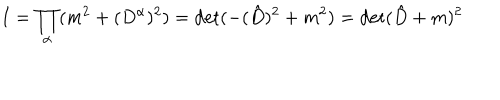
I = \prod _ { \alpha } ( m ^ { 2 } + ( D ^ { \alpha } ) ^ { 2 } ) = \det ( - ( \hat { D } ) ^ { 2 } + m ^ { 2 } ) = \det ( \hat { D } + m ) ^ { 2 }